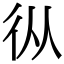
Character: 𢓅